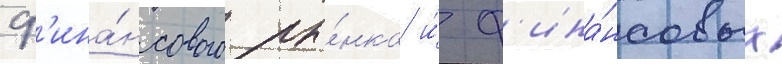
ф'ина́нсового ры́нка и́ ф'ина́нсовых